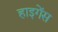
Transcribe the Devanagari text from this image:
हाइगेंस